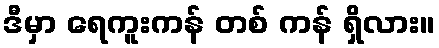
ဒီမှာ ရေကူးကန် တစ် ကန် ရှိလား။